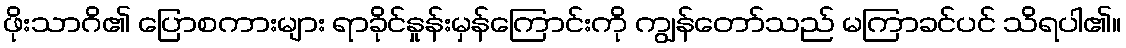
ဖိုးသာဂိ၏ ပြောစကားများ ရာခိုင်နှုန်းမှန်ကြောင်းကို ကျွန်တော်သည် မကြာခင်ပင် သိရပါ၏။